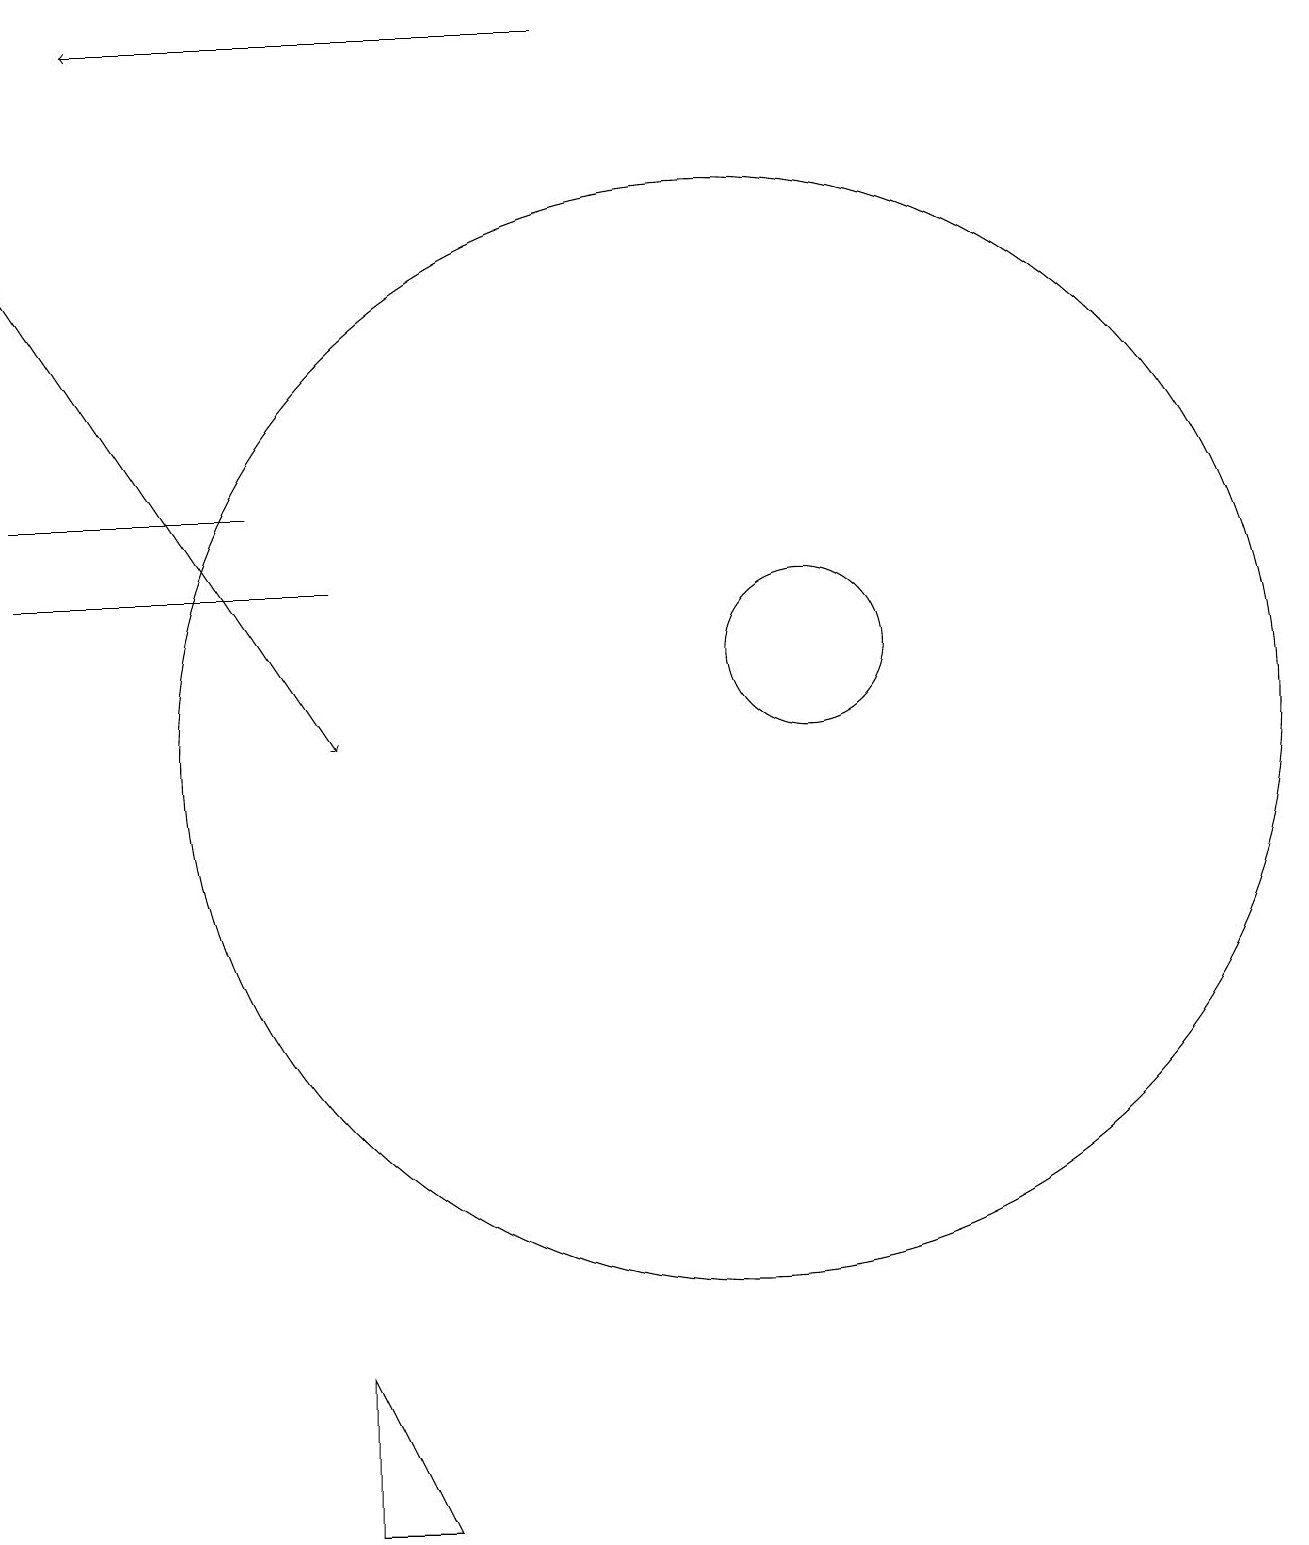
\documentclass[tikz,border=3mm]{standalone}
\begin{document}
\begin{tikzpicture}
\draw[->] (9,19) -- (3,19);
\draw (2,13) rectangle (5,13);
\draw (2,12) rectangle (6,12);
\draw (7,0) -- (6,2) -- (6,0) -- cycle;
\draw (11,10) circle (7);
\draw[->] (2,16) -- (6,10);
\draw (12,11) circle (1);
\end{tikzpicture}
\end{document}